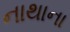
નાથાના